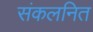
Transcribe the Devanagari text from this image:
संकलनित